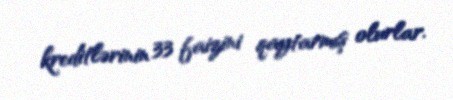
kreditlərinin 33 faizini qaytarmış olurlar.